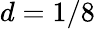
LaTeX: d=1/8